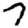
Digit: 7